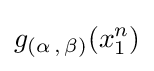
g_{(\alpha \,,\,\beta )}(x_{1}^{n})